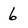
Character: 6